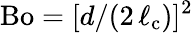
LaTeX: \mathrm{Bo}=[d/(2\, \ell_{\mathrm{c}})]^{2}